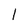
Character: l